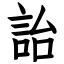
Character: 詒